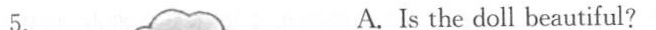
A. Is the doll beautiful?